Leaving Certificate, 1888
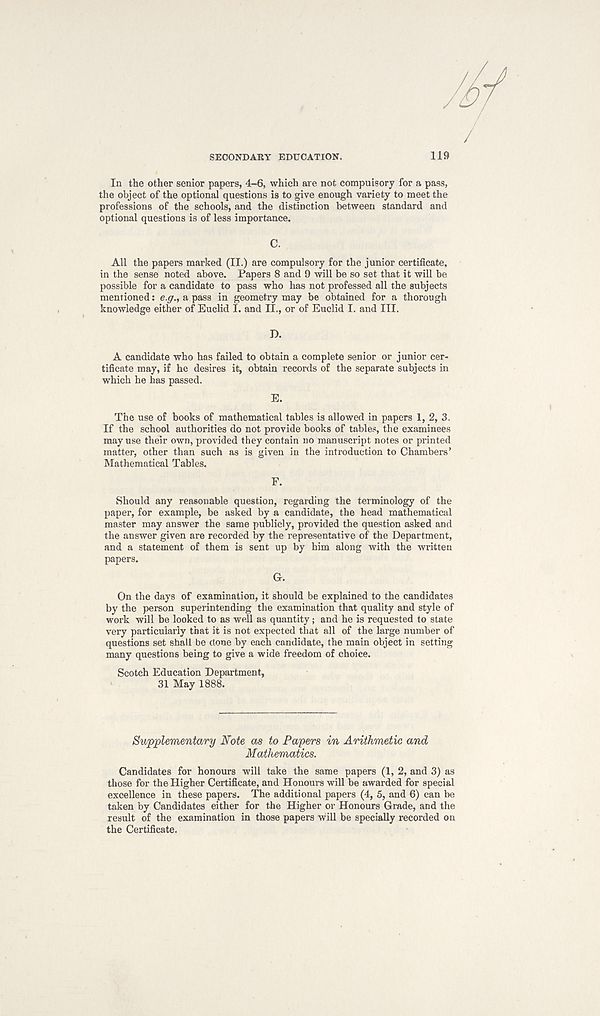
SECONDARY EDUCATION.
119
In the other senior papers, 4-6, which are not compuisory for a pass,
the object of the optional questions is to give enough variety to meet the
professions of the schools, and the distinction between standard and
optional questions is of less importance.
C.
All the papers marked (II.) are compulsory for the junior certificate,
in the sense noted above. Papers 8 and 9 will be so set that it will be
possible for a candidate to pass who has not professed all the subjects
mentioned: e.g., a pass in geometry may be obtained for a thorough
knowledge either of Euclid I. and II., or of Euclid I. and III.
A candidate who has failed to obtain a complete senior or junior cer-
tificate may, if he desires it, obtain records of the separate subjects in
which he has passed.
The use of books of mathematical tables is allowed in papers 1, 2, 3.
If the school authorities do not provide books of tables, the examinees
may use their own, provided they contain no manuscript notes or printed
matter, other than such as is given in the introduction to Chambers’
Mathematical Tables.
F.
Should any reasonable question, regarding the terminology of the
paper, for example, be asked by a candidate, the head mathematical
master may answer the same publicly, provided the question asked and
the answer given are recorded by the representative of the Department,
and a statement of them is sent up by him along with the written
papers.
Gr.
On the days of examination, it should be explained to the candidates
by the person superintending the examination that quality and style of
work will be looked to as well as quantity; and he is requested to state
very particularly that it is not expected that all of the large number of
questions set shall be done by each candidate, the main object in setting
many questions being to give a wide freedom of choice.
Scotch Education Department,
31 May 1888.
Supplementary Note as to Papers in Arithmetic and
Mathematics.
Candidates for honours will take the same papers (1, 2, and 3) as
those for the Higher Certificate, and Honours will be awarded for special
excellence in these papers. The additional papers (4, 5, and 6) can be
taken by Candidates either for the Higher or Honours Grade, and the
result of the examination in those papers will be specially recorded on
the Certificate.